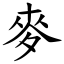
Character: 麥